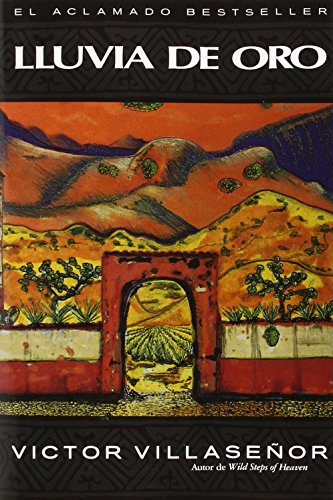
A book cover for Lluvia de Oro; Victor Villasenor; Literature & Fiction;